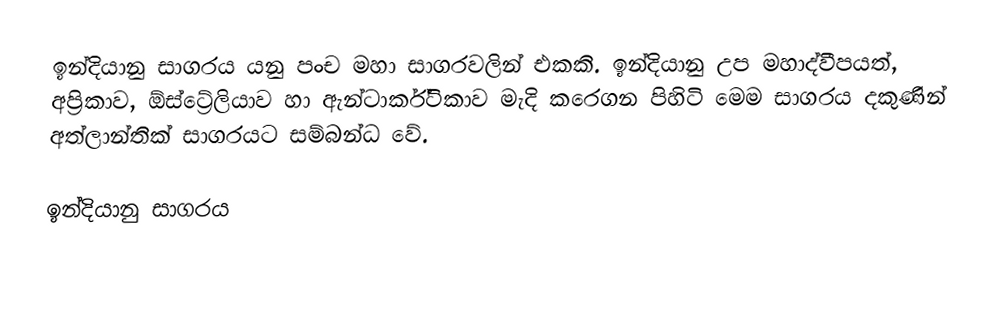
ඉන්දියානු සාගරය යනු පංච මහා සාගරවලින් එකකි. ඉන්දියානු උප මහාද්වීපයත්,  අප්‍රිකාව, ඕස්ට්‍රේලියාව හා ඇන්ටාර්ක්ටිකාව මැදි කරෙගන පිහිටි මෙම සාගරය දකුණින් අත්ලාන්තික් සාගරයට සම්බන්ධ වේ.

ඉන්දියානු සාගරය